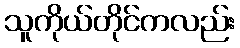
သူကိုယ်တိုင်ကလည်း